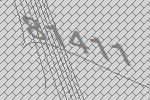
81411